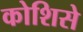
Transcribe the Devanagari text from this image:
कोशिसे